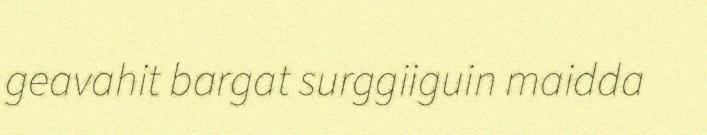
geavahit bargat surggiiguin maidda